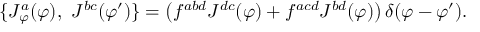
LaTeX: \{ J _ { \varphi } ^ { a } ( \varphi ) , ~ J ^ { b c } ( \varphi ^ { \prime } ) \} = \left( f ^ { a b d } J ^ { d c } ( \varphi ) + f ^ { a c d } J ^ { b d } ( \varphi ) \right) \delta ( \varphi - \varphi ^ { \prime } ) .